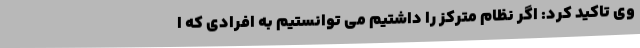
وی تاکید کرد: اگر نظام مترکز را داشتیم می توانستیم به افرادی که ا